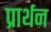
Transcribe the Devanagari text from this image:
प्रार्थन